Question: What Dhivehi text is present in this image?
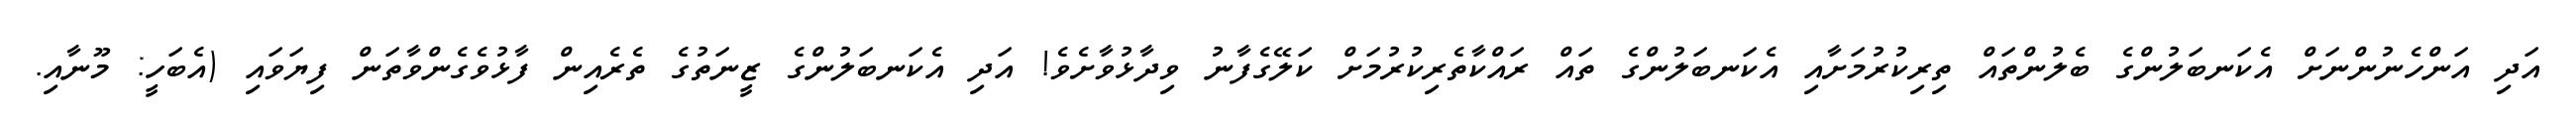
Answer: އަދި އަންހެނުންނަށް އެކަނބަލުންގެ ބެލުންތައް ތިރިކުރުމަށާއި އެކަނބަލުންގެ ތައް ރައްކާތެރިކުރުމަށް ކަލޭގެފާނު ވިދާޅުވާށެވެ! އަދި އެކަނބަލުންގެ ޒީނަތުގެ ތެރެއިން ފާޅުވެގެންވާތަން ފިޔަވައި (އެބަހީ: މޫނާއި.